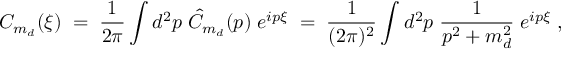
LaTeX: C _ { m _ { d } } ( \xi ) \; = \; \frac { 1 } { 2 \pi } \int d ^ { 2 } p \; \hat { C } _ { m _ { d } } ( p ) \; e ^ { i p \xi } \; = \; \frac { 1 } { ( 2 \pi ) ^ { 2 } } \int d ^ { 2 } p \; \frac { 1 } { p ^ { 2 } + m _ { d } ^ { 2 } } \; e ^ { i p \xi } \; ,